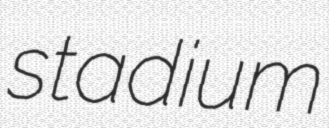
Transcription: stadium